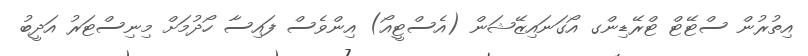
އިތުރުން ސްޓޭޓް ޓްރޭޑިންގ އޯގަނައިޒޭޝަން (އެސްޓީއޯ) އިންވެސް ފައިސާ ހޯދުމަށް މިނިސްޓަރު އަދީބު